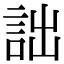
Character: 詘